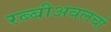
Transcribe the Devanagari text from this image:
रब्बीअवलची